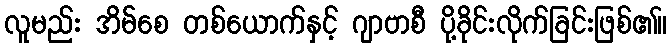
လူမည်း အိမ်စေ တစ်ယောက်နှင့် ဂျာဗာစီ ပို့ခိုင်းလိုက်ခြင်းဖြစ်၏။